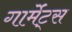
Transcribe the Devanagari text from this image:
गार्मेंट्स